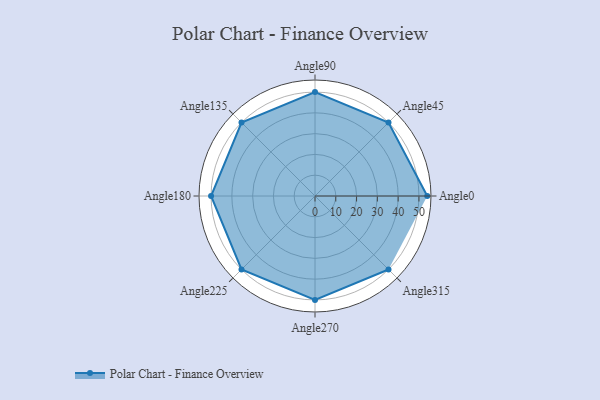
{"axis": {"x": "Angle", "y": "Radius"}, "legend": [""], "data": [{"x": "Angle0", "y": 54.0, "type": ""}, {"x": "Angle45", "y": 50, "type": ""}, {"x": "Angle90", "y": 50, "type": ""}, {"x": "Angle135", "y": 50, "type": ""}, {"x": "Angle180", "y": 50, "type": ""}, {"x": "Angle225", "y": 50, "type": ""}, {"x": "Angle270", "y": 50, "type": ""}, {"x": "Angle315", "y": 50, "type": ""}]}